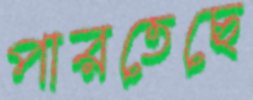
পারতেছে